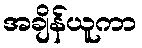
အချိန်ယူကာ